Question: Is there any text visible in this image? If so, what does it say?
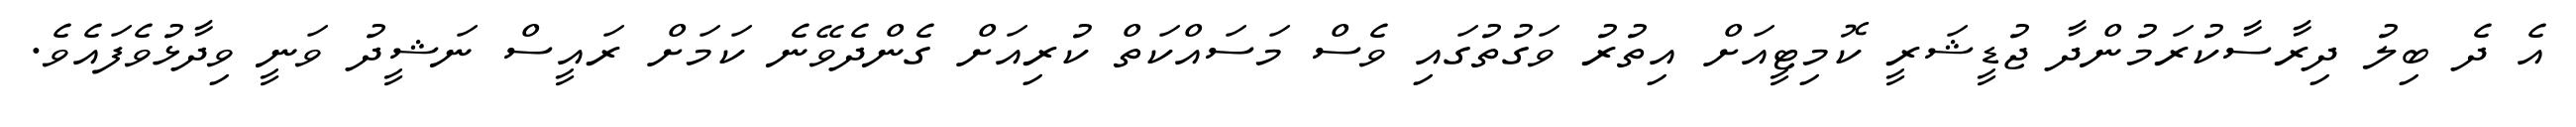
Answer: އެ ދެ ބިލު ދިރާސާކުރަމުންދާ ޖުޑީޝަރީ ކޮމިޓީއަށް އިތުރު ވަގުތުގައި ވެސް މަސައްކަތް ކުރިއަށް ގެންދެވޭނެ ކަމަށް ރައީސް ނަޝީދު ވަނީ ވިދާޅުވެފައެވެ.